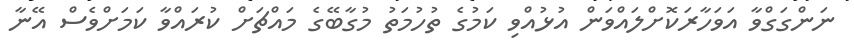
ނަންގަގްވާ އަވަހާރަކޮށްލައްވަން އުޅުއްވި ކަމުގެ ތުހުމަތު މުގާބޭގެ މައްޗަށް ކުރައްވާ ކަމަށްވެސް އޭނާ